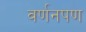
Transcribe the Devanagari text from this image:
वर्णनपण